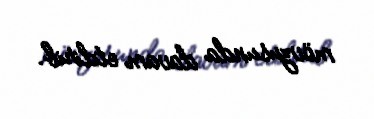
mövzusunda davam etdirib.